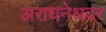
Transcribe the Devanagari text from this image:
अराधनेश्रवर